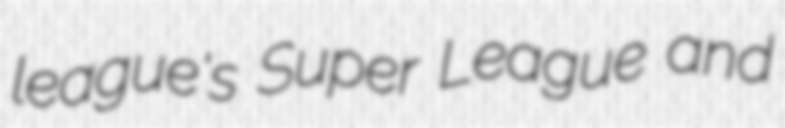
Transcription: league's Super League and